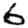
Digit: 6